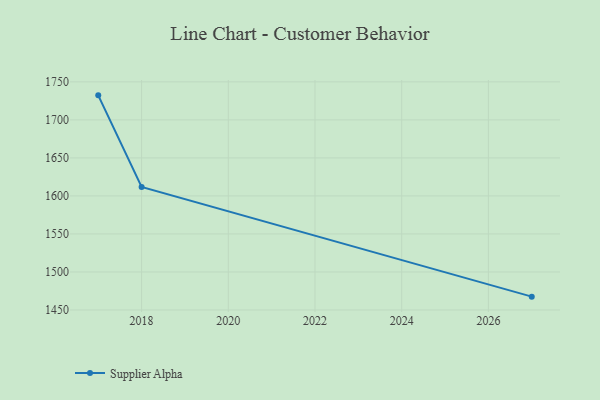
{"axis": {"x": "Year", "y": "LTV (USD)"}, "legend": ["Supplier Alpha"], "data": [{"x": "2027", "y": 1467.5, "type": "Supplier Alpha"}, {"x": "2018", "y": 1611.9, "type": "Supplier Alpha"}, {"x": "2017", "y": 1732.3, "type": "Supplier Alpha"}]}